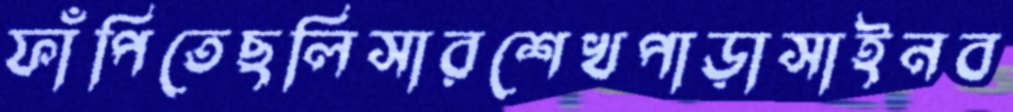
ফাঁপিতেছলিসারশেখপাড়াসাইনব